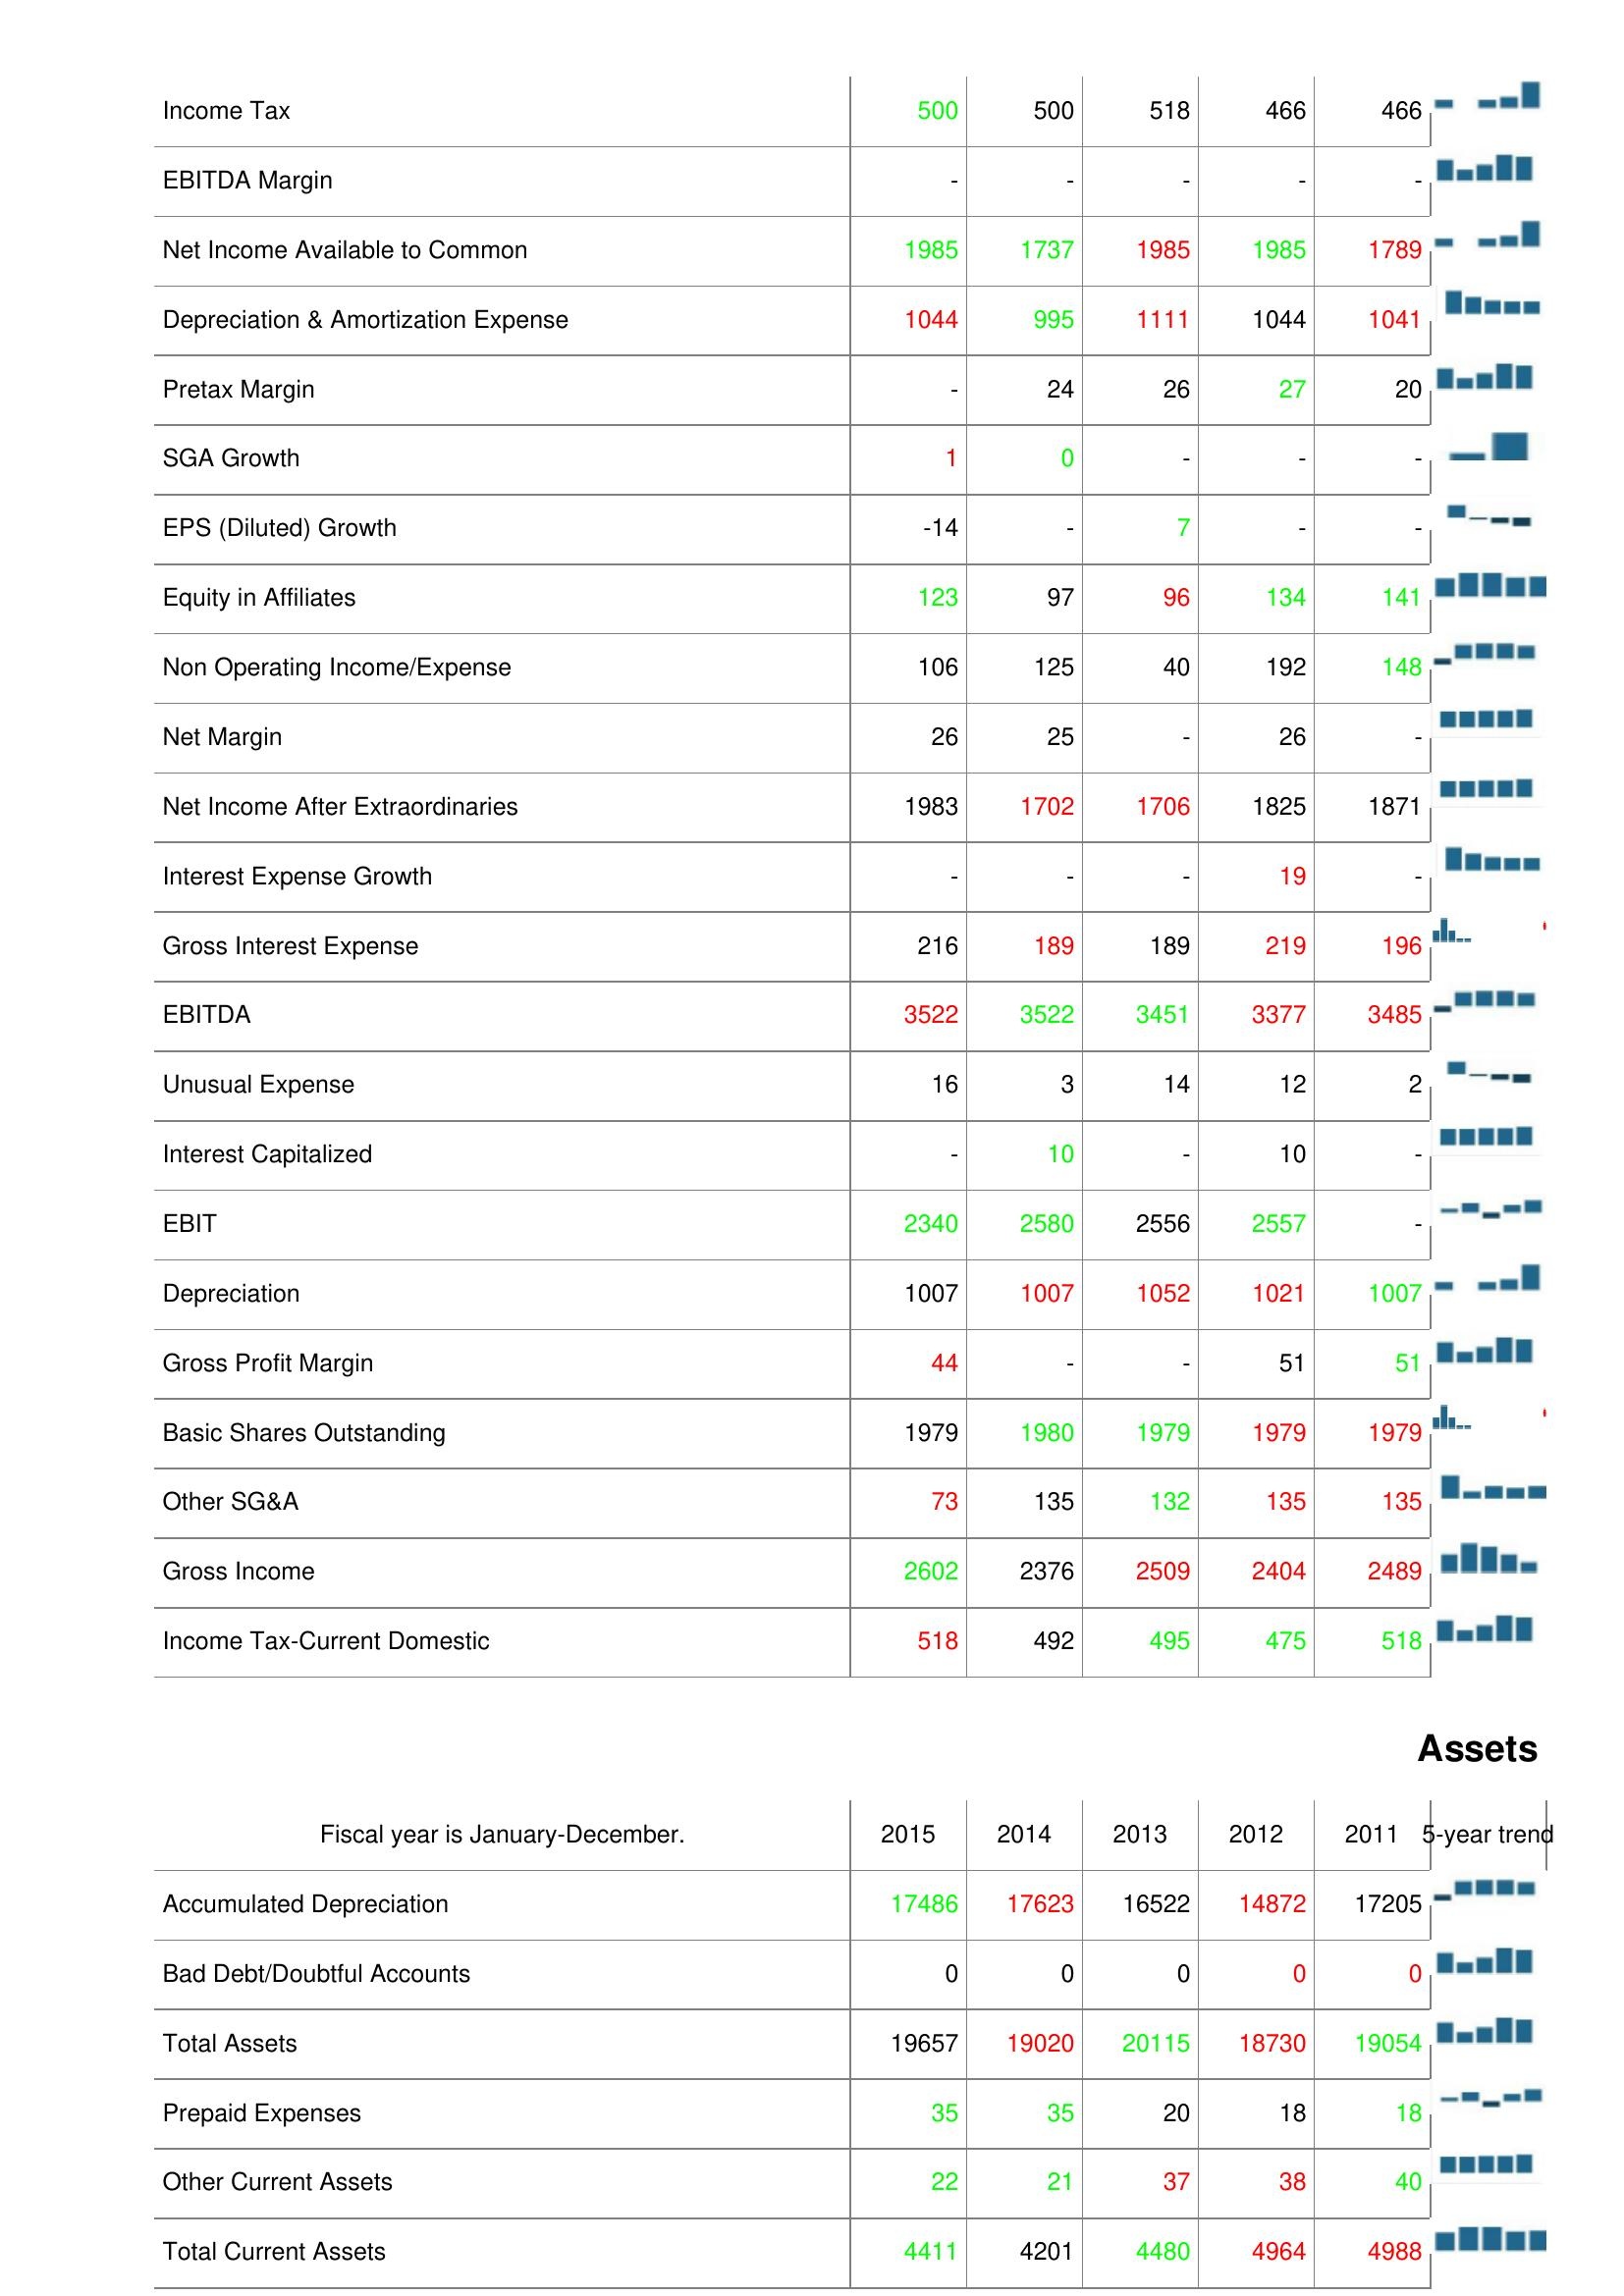
2015: : Income Tax: 500
EBITDA Margin: -
Net Income Available to Common: 1985
Depreciation & Amortization Expense: 1044
Pretax Margin: -
SGA Growth: 1
EPS (Diluted) Growth: -14
Equity in Affiliates: 123
Non Operating Income/Expense: 106
Net Margin: 26
Net Income After Extraordinaries: 1983
Interest Expense Growth: -
Gross Interest Expense: 216
EBITDA: 3522
Unusual Expense: 16
Interest Capitalized: -
EBIT: 2340
Depreciation: 1007
Gross Profit Margin: 44
Basic Shares Outstanding: 1979
Other SG&A: 73
Gross Income: 2602
Income Tax-Current Domestic: 518
Assets: Accumulated Depreciation: 17486
Bad Debt/Doubtful Accounts: 0
Total Assets: 19657
Prepaid Expenses: 35
Other Current Assets: 22
Total Current Assets: 4411
2014: : Income Tax: 500
EBITDA Margin: -
Net Income Available to Common: 1737
Depreciation & Amortization Expense: 995
Pretax Margin: 24
SGA Growth: 0
EPS (Diluted) Growth: -
Equity in Affiliates: 97
Non Operating Income/Expense: 125
Net Margin: 25
Net Income After Extraordinaries: 1702
Interest Expense Growth: -
Gross Interest Expense: 189
EBITDA: 3522
Unusual Expense: 3
Interest Capitalized: 10
EBIT: 2580
Depreciation: 1007
Gross Profit Margin: -
Basic Shares Outstanding: 1980
Other SG&A: 135
Gross Income: 2376
Income Tax-Current Domestic: 492
Assets: Accumulated Depreciation: 17623
Bad Debt/Doubtful Accounts: 0
Total Assets: 19020
Prepaid Expenses: 35
Other Current Assets: 21
Total Current Assets: 4201
2013: : Income Tax: 518
EBITDA Margin: -
Net Income Available to Common: 1985
Depreciation & Amortization Expense: 1111
Pretax Margin: 26
SGA Growth: -
EPS (Diluted) Growth: 7
Equity in Affiliates: 96
Non Operating Income/Expense: 40
Net Margin: -
Net Income After Extraordinaries: 1706
Interest Expense Growth: -
Gross Interest Expense: 189
EBITDA: 3451
Unusual Expense: 14
Interest Capitalized: -
EBIT: 2556
Depreciation: 1052
Gross Profit Margin: -
Basic Shares Outstanding: 1979
Other SG&A: 132
Gross Income: 2509
Income Tax-Current Domestic: 495
Assets: Accumulated Depreciation: 16522
Bad Debt/Doubtful Accounts: 0
Total Assets: 20115
Prepaid Expenses: 20
Other Current Assets: 37
Total Current Assets: 4480
2012: : Income Tax: 466
EBITDA Margin: -
Net Income Available to Common: 1985
Depreciation & Amortization Expense: 1044
Pretax Margin: 27
SGA Growth: -
EPS (Diluted) Growth: -
Equity in Affiliates: 134
Non Operating Income/Expense: 192
Net Margin: 26
Net Income After Extraordinaries: 1825
Interest Expense Growth: 19
Gross Interest Expense: 219
EBITDA: 3377
Unusual Expense: 12
Interest Capitalized: 10
EBIT: 2557
Depreciation: 1021
Gross Profit Margin: 51
Basic Shares Outstanding: 1979
Other SG&A: 135
Gross Income: 2404
Income Tax-Current Domestic: 475
Assets: Accumulated Depreciation: 14872
Bad Debt/Doubtful Accounts: 0
Total Assets: 18730
Prepaid Expenses: 18
Other Current Assets: 38
Total Current Assets: 4964
2011: : Income Tax: 466
EBITDA Margin: -
Net Income Available to Common: 1789
Depreciation & Amortization Expense: 1041
Pretax Margin: 20
SGA Growth: -
EPS (Diluted) Growth: -
Equity in Affiliates: 141
Non Operating Income/Expense: 148
Net Margin: -
Net Income After Extraordinaries: 1871
Interest Expense Growth: -
Gross Interest Expense: 196
EBITDA: 3485
Unusual Expense: 2
Interest Capitalized: -
EBIT: -
Depreciation: 1007
Gross Profit Margin: 51
Basic Shares Outstanding: 1979
Other SG&A: 135
Gross Income: 2489
Income Tax-Current Domestic: 518
Assets: Accumulated Depreciation: 17205
Bad Debt/Doubtful Accounts: 0
Total Assets: 19054
Prepaid Expenses: 18
Other Current Assets: 40
Total Current Assets: 4988